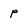
Character: p